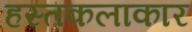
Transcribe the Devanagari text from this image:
हस्तकलाकार